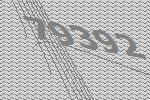
79392